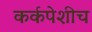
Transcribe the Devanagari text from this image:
कर्कपेशीच